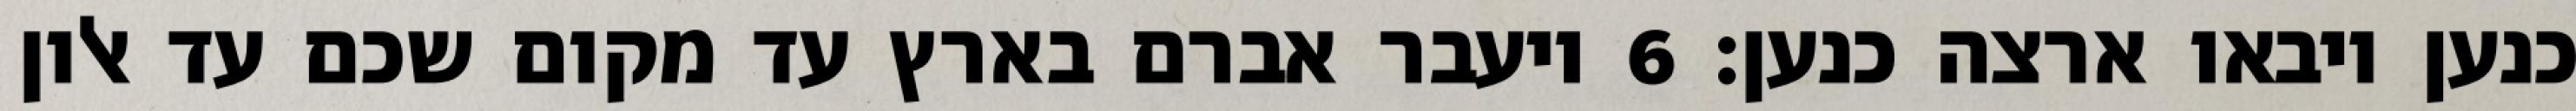
כנען ויבאו ארצה כנען׃ ‎6‏ ויעבר אברם בארץ עד מקום שכם עד אלון